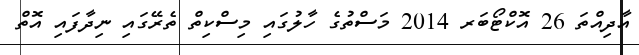
އާދިއްތަ 26 އޮކްޓޯބަރ 2014 މަސްތުގެ ހާލުގައި މިސްކިތް ތެރޭގައި ނިދާފައި އޮތް